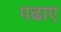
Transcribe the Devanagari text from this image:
पढाए